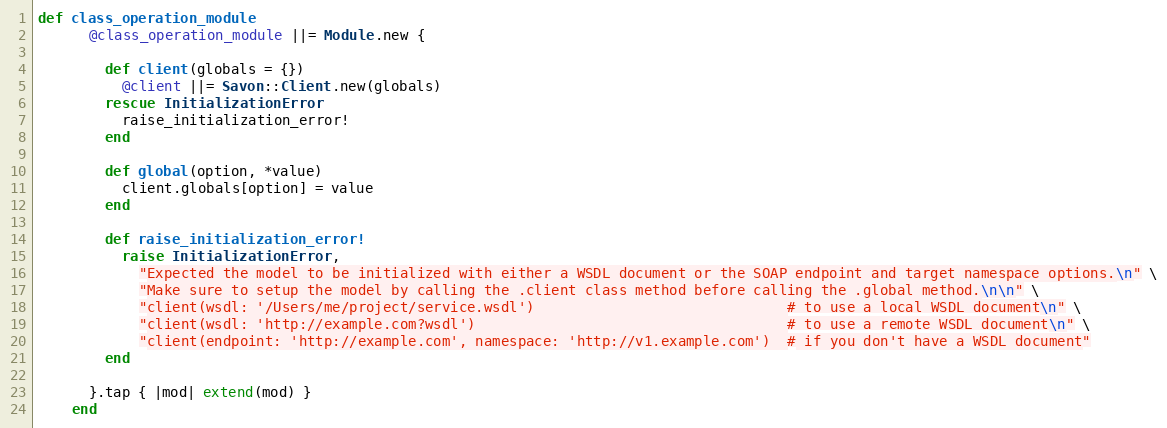
Language: Ruby
def class_operation_module
      @class_operation_module ||= Module.new {

        def client(globals = {})
          @client ||= Savon::Client.new(globals)
        rescue InitializationError
          raise_initialization_error!
        end

        def global(option, *value)
          client.globals[option] = value
        end

        def raise_initialization_error!
          raise InitializationError,
            "Expected the model to be initialized with either a WSDL document or the SOAP endpoint and target namespace options.\n" \
            "Make sure to setup the model by calling the .client class method before calling the .global method.\n\n" \
            "client(wsdl: '/Users/me/project/service.wsdl')                              # to use a local WSDL document\n" \
            "client(wsdl: 'http://example.com?wsdl')                                     # to use a remote WSDL document\n" \
            "client(endpoint: 'http://example.com', namespace: 'http://v1.example.com')  # if you don't have a WSDL document"
        end

      }.tap { |mod| extend(mod) }
    end